Annual report on the Civil Veterinary Department, Burma (including the Insein Veterinary School) - 1923-1931
Year: 1923
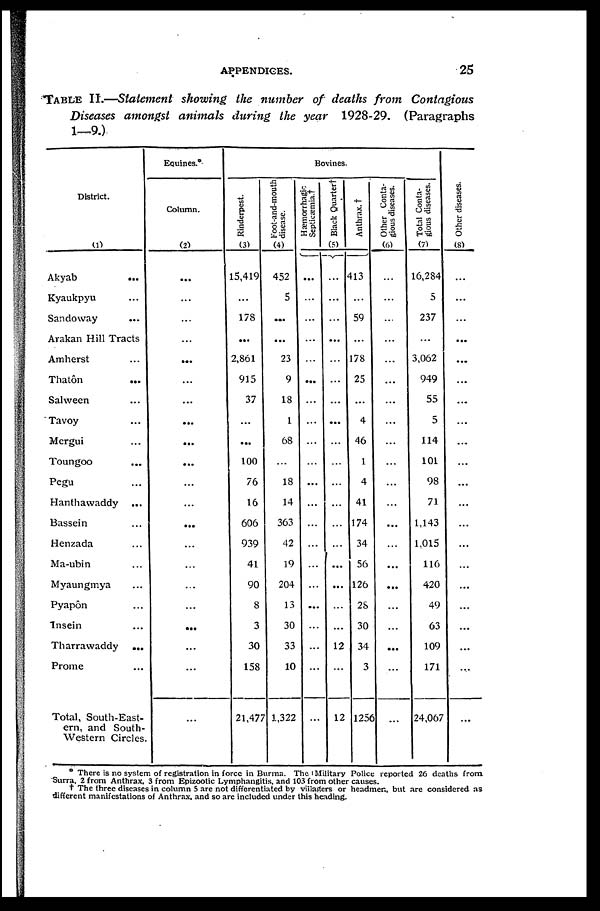
APPENDICES.
25
TABLE II.—Statement showing the number of deaths from Contagious
Diseases amongst animals during the year 1928-29. (Paragraphs
1—9.)
District.
(1)
Akyab
...
Kyaukpyu ...
Sandoway ...
Arakan Hill Tracts
Amherst ...
Thatôn ...
Salween ...
Tavoy ...
Mergui ...
Toungoo ...
Pegu ...
Hanthawaddy ...
Bassein ...
Henzada ...
Ma-ubin ...
Myaungmya ...
Pyapôn ...
Insein ...
Tharrawaddy ...
Prome ...
Total, South-East-
ern, and South-
western Circles.
Equines.*
Column.
(2)
...
...
...
...
...
...
...
...
...
...
...
...
...
...
...
...
...
...
...
...
...
Bovines.
Rinderpest.
(3)
15,419
...
178
...
2,861
915
37
...
...
100
76
16
606
939
41
90
8
3
30
158
21,477
Foot-and-mouth
disease.
(4)
452
5
...
...
23
9
18
1
68
...
18
14
363
42
19
204
13
30
33
10
1,322
Hæmorrhagic
Septicæmia.†
...
...
...
...
...
...
...
...
...
...
...
...
...
...
...
...
...
...
...
...
...
Black Quarter†
(5)
...
...
...
...
...
...
...
...
...
...
...
...
...
...
...
...
...
...
12
...
12
Anthrax. †
413
...
59
...
178
25
...
4
46
1
4
41
174
34
56
126
28
30
34
3
1256
Other Conta-
gious diseases.
(6)
...
...
...
...
...
...
...
...
...
...
...
...
...
...
...
...
...
...
...
...
...
Total Conta-
gious diseases.
(7)
16,284
5
237
...
3,062
949
55
5
114
101
98
71
1,143
1,015
116
420
49
63
109
171
24,067
Ot her diseases.
(8)
...
...
...
...
...
...
...
...
...
...
...
...
...
...
...
...
...
...
...
...
...
* There is no system of registration in force in Burma. The Military Police reported 26 deaths from
Surra, 2 from Anthrax, 3 from Epizootic Lymphangitis, and 103 from other causes.
† The three diseases in column 5 are not differentiated by villagers or headmen, but arc considered as
different manifestations of Anthrax, and so are included under this heading.